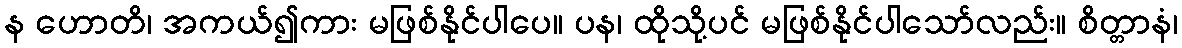
န ဟောတိ၊ အကယ်၍ကား မဖြစ်နိုင်ပါပေ။ ပန၊ ထိုသို့ပင် မဖြစ်နိုင်ပါသော်လည်း။ စိတ္တာနံ၊